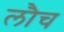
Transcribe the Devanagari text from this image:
लौच